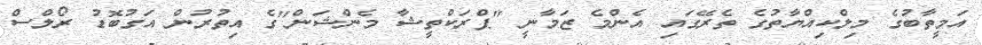
އަމީތާބުގެ މިލްކިއްޔާތުގެ ތެރޭގައި އެންމެ ޒަމާނީ "ޕްރަކްތީޝާ މެންޝަން"ގެ އިތުރުން އަގުބޮޑު ރޯލްސް